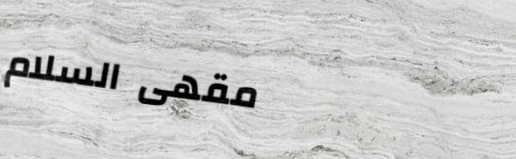
مقهى السلام